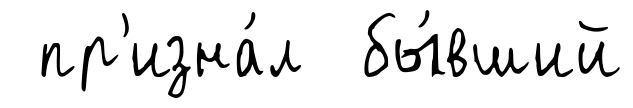
пр'изна́л бы́вший